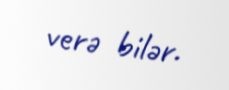
verə bilər.